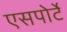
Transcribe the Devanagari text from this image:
एसपोर्टे